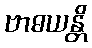
ဗာဓယန္တိ